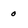
Character: 0